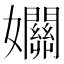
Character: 𡤡